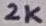
Text: 2K